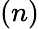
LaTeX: (n)